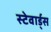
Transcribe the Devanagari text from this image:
स्टेवार्ड्स